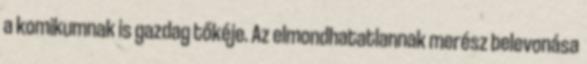
a komikumnak is gazdag tőkéje. Az elmondhatatlannak merész belevonása